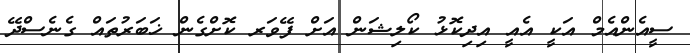
ސީއެންއެމް އަކީ އެއީ އިދިކޮޅު ކޯލިޝަން އަށް ފޭވަރ ކޮށްގެން ޚަބަރުތައް ގެނެސްދޭ